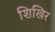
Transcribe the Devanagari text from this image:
शिखिर